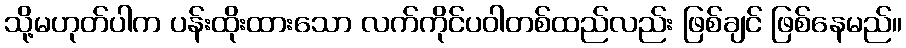
သို့မဟုတ်ပါက ပန်းထိုးထားသော လက်ကိုင်ပဝါတစ်ထည်လည်း ဖြစ်ချင် ဖြစ်နေမည်။